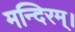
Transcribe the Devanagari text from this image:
मन्दिरम्।